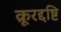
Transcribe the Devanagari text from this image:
क्रूरद्दष्टि